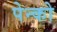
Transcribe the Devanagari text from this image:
पेन्को